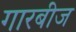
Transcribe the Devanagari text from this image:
गारबीज